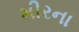
મીરના